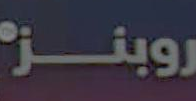
روبنز